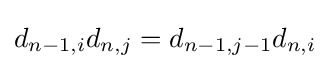
d_{n-1,i}d_{n,j}=d_{n-1,j-1}d_{n,i}